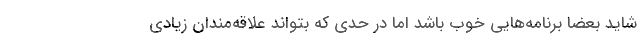
شاید بعضاً برنامه‌هایی خوب باشد اما در حدی که بتواند علاقه‌مندان زیادی